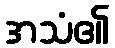
အသံ၏